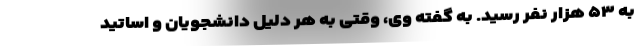
به ۵۳ هزار نفر رسید. به گفته وی، وقتی به هر دلیل دانشجویان و اساتید